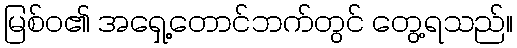
မြစ်ဝ၏ အရှေ့တောင်ဘက်တွင် တွေ့ရသည်။